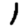
Digit: 1